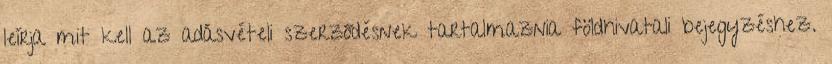
leírja mit kell az adásvételi szerződésnek tartalmaznia földhivatali bejegyzéshez.